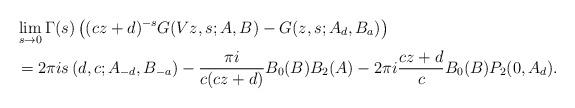
LaTeX: \begin{align*}& \lim_{s\rightarrow0}\Gamma(s)\left( (cz+d)^{-s}G(Vz,s;A,B)-G(z,s;A_{d},B_{a})\right) \\& =2\pi is\left( d,c;A_{-d},B_{-a}\right) -\frac{\pi i}{c(cz+d)}B_{0}(B)B_{2}(A)-2\pi i\frac{cz+d}{c}B_{0}(B)P_{2}(0,A_{d}).\end{align*}